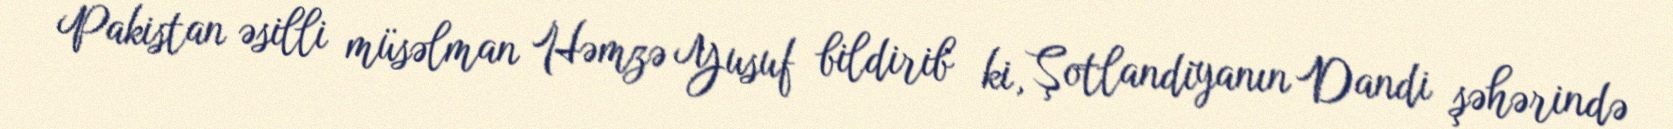
Pakistan əsilli müsəlman Həmzə Yusuf bildirib ki, Şotlandiyanın Dandi şəhərində